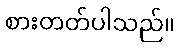
စားတတ်ပါသည်။